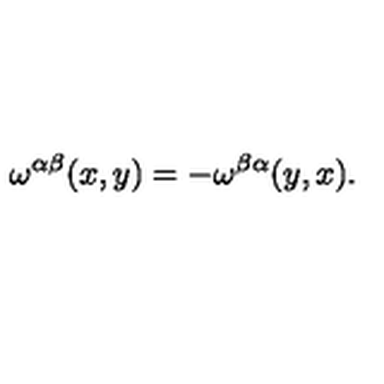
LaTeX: \omega ^ { \alpha \beta } ( x , y ) = - \omega ^ { \beta \alpha } ( y , x ) .